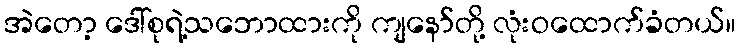
အဲတော့ ဒေါ်စုရဲ့သဘောထားကို ကျနော်တို့ လုံးဝထောက်ခံတယ်။